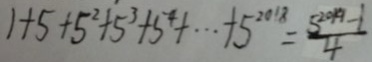
1 + 5 + 5 ^ { 2 } + 5 ^ { 3 } + 5 ^ { 4 } + \cdots + 5 ^ { 2 0 1 8 } = \frac { 5 ^ { 2 0 1 9 } - 1 } { 4 }